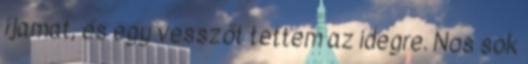
íjamat, és egy vesszőt tettem az idegre. Nos sok